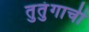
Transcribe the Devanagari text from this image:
तुतुंगाची